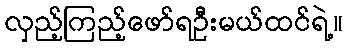
လှည့်ကြည့်ဖော်ရဦးမယ်ထင်ရဲ့။